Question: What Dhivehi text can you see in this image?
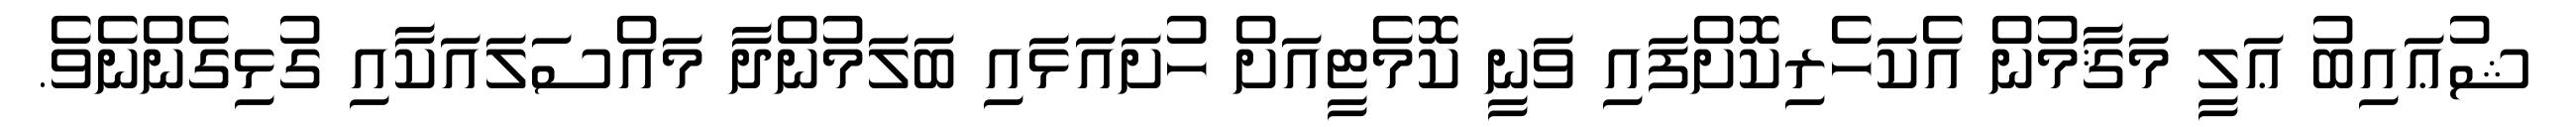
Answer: ޝުޢައިބު ޢަލީ މަޤާމުން އެކަހެރިކޮށްފައި ވަނީ ކޮމެޓީއަށް ހުށައަޅައި ބަލަމުންދާ މައްސަލައަކާއި ގުޅިގެންނެވެ.